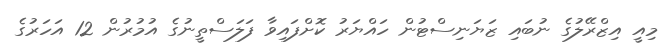
މިއީ އިޒްރޭލުގެ ނުބައި ޒަޔަނިސްޓުން ހައްޔަރު ކޮށްފައިވާ ފަލަސްތީނުގެ އުމުރުން 12 އަހަރުގެ